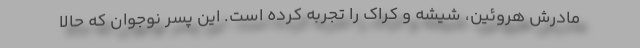
مادرش هروئین، شیشه و کراک را تجربه کرده است. این پسر نوجوان که حالا